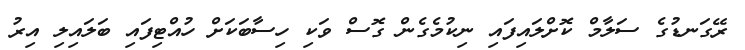
ރޭގަނޑުގެ ސަލާމް ކޮށްލައިފައި ނިކުމެގެން ގޮސް ވަކި ހިސާބަކަށް ހުއްޓިފައި ބަލައިލި އިރު